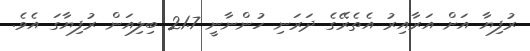
ރުފިޔާ އަށް އަރާއިރު އެތެރޭގެ ދަރަނި ހުންނާނީ 21.7 ބިލިއަން ރުފިޔާގަ އެވެ.